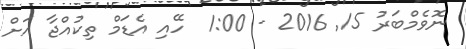
ނޮވެމްބަރު 15